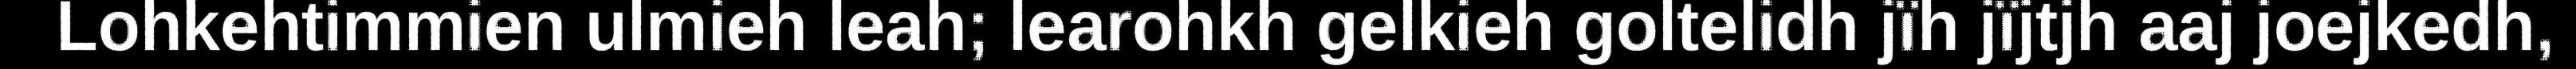
Lohkehtimmien ulmieh leah; learohkh gelkieh goltelidh jïh jïjtjh aaj joejkedh,